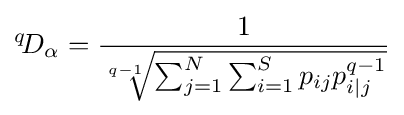
{}^{q}\!D_{\alpha }={\dfrac {1}{\sqrt[{q-1}]{\sum _{j=1}^{N}{\sum _{i=1}^{S}p_{ij}p_{i|j}^{q-1}}}}}